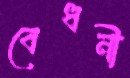
বেধনী